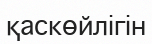
қаскөйлігін